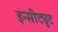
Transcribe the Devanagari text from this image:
इन्सीट्युट